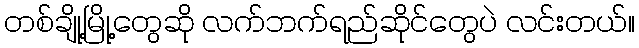
တစ်ချို့မြို့တွေဆို လက်ဘက်ရည်ဆိုင်တွေပဲ လင်းတယ်။